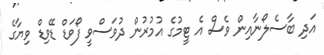
އަދި ބާސެލޯނާއިން ވެސް އެ ޓީމުގެ އުމުރުން ދުވަސްވީ ފޯވަޑް ޑޭވިޑް ވިޔާގެ